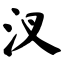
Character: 汊